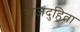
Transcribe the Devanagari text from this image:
राजदुहिता